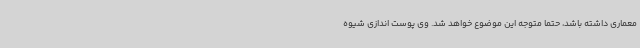
معماری داشته باشد، حتما متوجه این موضوع خواهد شد. وی پوست اندازی شیوه